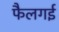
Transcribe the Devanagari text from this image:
फैलगई